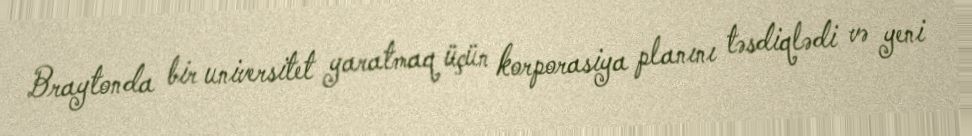
Braytonda bir universitet yaratmaq üçün korporasiya planını təsdiqlədi və yeni